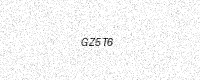
Text: GZ5T6